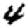
Digit: 4